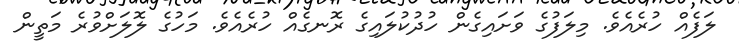
ލަފެއް ހުރެއެވެ. މިލަފުގެ ވަށައިގެން ހުދުކުލައިގެ ރޮނގެއް ހުރެއެވެ. މަހުގެ ލޮލަށްވުރެ މަތީން